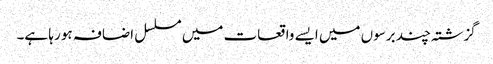
گزشتہ چند برسوں میں ایسے واقعات میں مسلسل اضافہ ہو رہا ہے۔